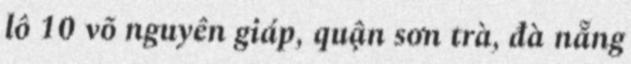
lô 10 võ nguyên giáp, quận sơn trà, đà nẵng